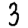
Digit: 3